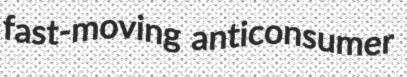
fast-moving anticonsumer